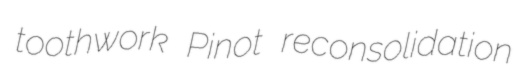
toothwork Pinot reconsolidation